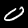
Label: 0